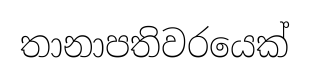
තානාපතිවරයෙක්